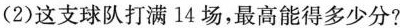
(2)这支球队打满14场，最高能得多少分?